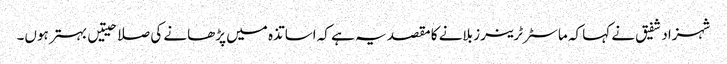
شہزاد شفیق نے کہا کہ ماسٹر ٹرینرز بلانے کا مقصد یہ ہے کہ اساتذہ میں پڑھانے کی صلاحیتیں بہتر ہوں۔